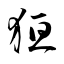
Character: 狟